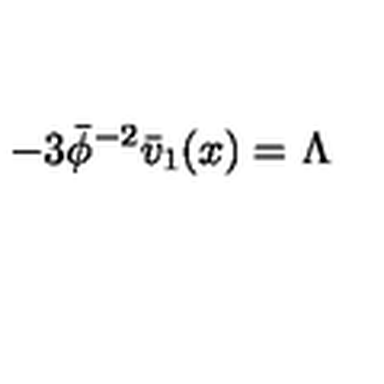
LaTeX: - 3 \bar { \phi } ^ { - 2 } \bar { v } _ { 1 } ( x ) = \Lambda